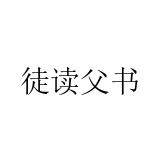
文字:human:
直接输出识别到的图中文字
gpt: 徒读父书